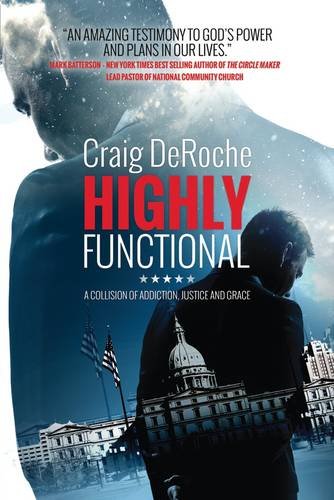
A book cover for Highly Functional: A Collision Of Addiction Justice And Grace; Craig Deroche; Politics & Social Sciences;